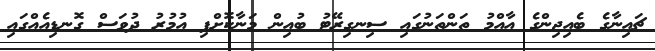
ޗައިނާގެ ބެއިޖިންގެ އާއްމު ތަންތަނުގައި ސިނގިރޭޓު ބުއިން މަނާކޮށްފި އުމުރު ދުވަސް ގޮނޑިއެއްގައި